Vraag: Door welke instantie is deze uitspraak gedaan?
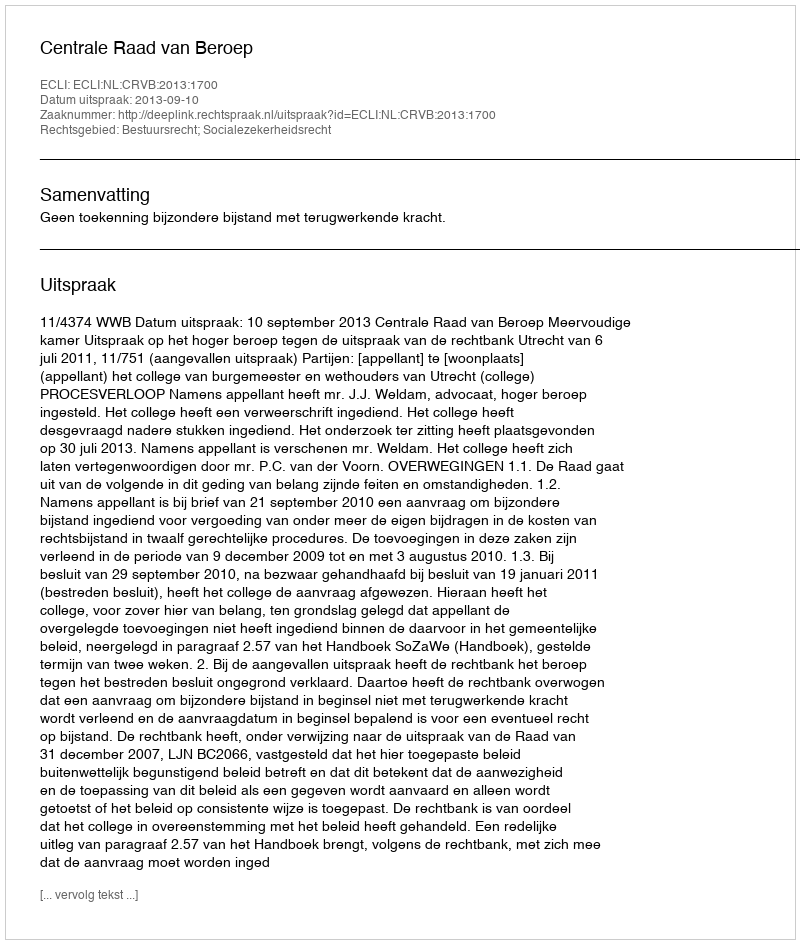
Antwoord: Centrale Raad van Beroep